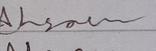
Signature authenticity: genuine